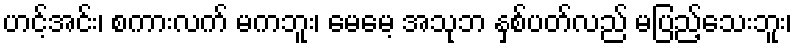
ဟင့်အင်း၊ စကားလက် မကဘူး၊ မေမေ့ အသုဘ နှစ်ပတ်လည် မပြည့်သေးဘူး၊